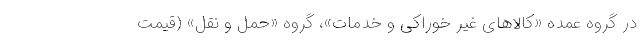
در گروه عمده «کالاهای غیر خوراکی و خدمات»، گروه «حمل و نقل» (قیمت